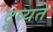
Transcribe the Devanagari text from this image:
दृष्यते